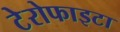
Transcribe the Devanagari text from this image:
टेरोफाइटा